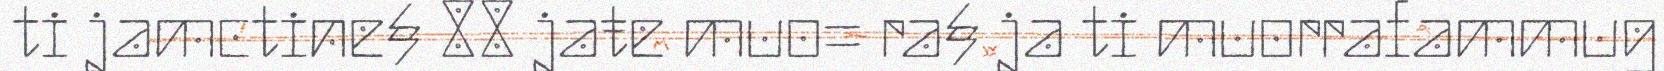
ti jamctine§ 88 jaŧe muo= ra§ ja ti muorrafammug